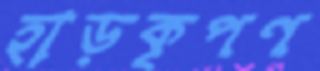
হাড়কৃপণ